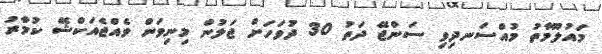
މައުލޫމާތު މުއްސަނދިވި ސަންޖޭ ދަތު 30 ދުވަހަށް ޖަލުން މިނިވަން ވެއްޖެއަކްޝޭ ކުމާރު